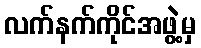
လက်နက်ကိုင်အဖွဲ့မှ